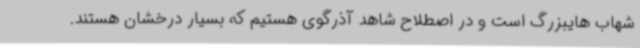
شهاب هایبزرگ است و در اصطلاح شاهد آذرگوی هستیم که بسیار درخشان هستند.